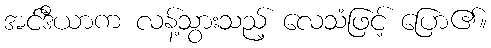
အင်ဒီယာက လန့်သွားသည့် လေသံဖြင့် ပြော၏။